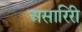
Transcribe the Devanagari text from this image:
असारिरी